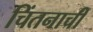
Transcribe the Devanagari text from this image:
चिंतनाची